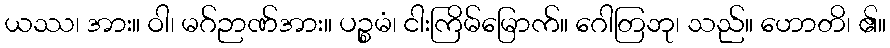
ယဿ၊ အား။ ဝါ၊ မဂ်ဉာဏ်အား။ ပဉ္စမံ၊ ငါးကြိမ်မြောက်။ ဂေါတြဘု၊ သည်။ ဟောတိ၊ ၏။